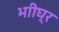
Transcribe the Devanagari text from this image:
भाीघ्र